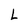
Character: L